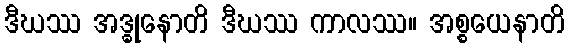
ဒီဃဿ အဒ္ဓုနောတိ ဒီဃဿ ကာလဿ။ အစ္စယေနာတိ